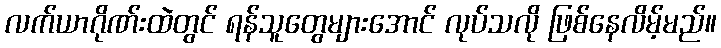
လက်ယာဂိုဏ်းထဲတွင် ရန်သူတွေများအောင် လုပ်သလို ဖြစ်နေလိမ့်မည်။